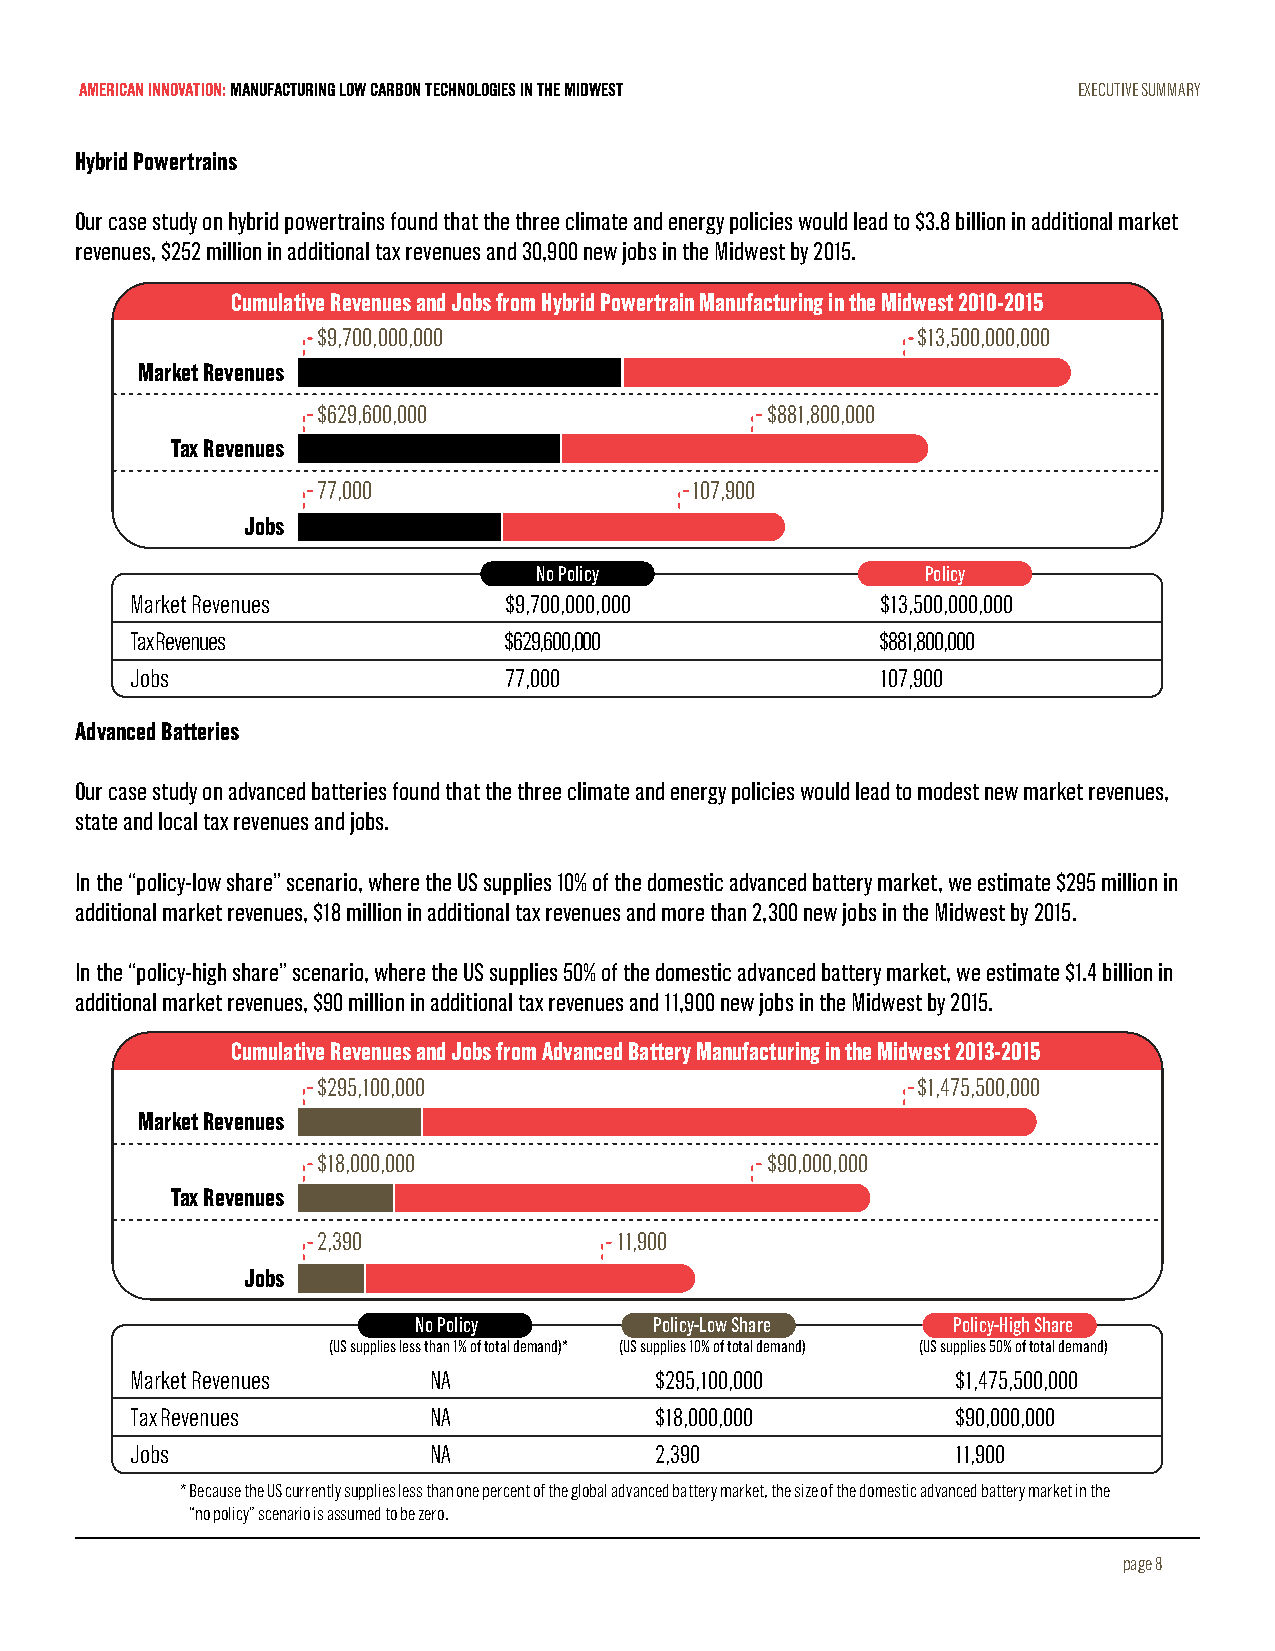
AMERICAN INNOVATION: MANUFACTURING LOW CARBON TECHNOLOGIES IN THE MIDWEST EXECUTIVE SUMMARY
 Hybrid Powertrains
 Our case study on hybrid powertrains found that the three climate and energy policies would lead to $3.8 billion in additional market
 revenues, $252 million in additional tax revenues and 30,900 new jobs in the Midwest by 2015.
 Cumulative Revenues and Jobs from Hybrid Powertrain Manufacturing in the Midwest 2010-2015
 $9,700,000,000                          $13,500,000,000
 Market Revenues
 $629,600,000                  $881,800,000
 Tax Revenues
 77,000                   107,900
 Jobs
 No Policy                Policy
 Market Revenues         $9,700,000,000           $13,500,000,000
 Tax Revenues            $629,600,000             $881,800,000
 Jobs                    77,000                   107,900
 Advanced Batteries
 Our case study on advanced batteries found that the three climate and energy policies would lead to modest new market revenues,
 state and local tax revenues and jobs.
 In the “policy-low share” scenario, where the US supplies 10% of the domestic advanced battery market, we estimate $295 million in
 additional market revenues, $18 million in additional tax revenues and more than 2,300 new jobs in the Midwest by 2015.
 In the “policy-high share” scenario, where the US supplies 50% of the domestic advanced battery market, we estimate $1.4 billion in
 additional market revenues, $90 million in additional tax revenues and 11,900 new jobs in the Midwest by 2015.
 Cumulative Revenues and Jobs from Advanced Battery Manufacturing in the Midwest 2013-2015
 $295,100,000                            $1,475,500,000
 Market Revenues
 $18,000,000                   $90,000,000
 Tax Revenues
 2,390               11,900
 Jobs
 No Policy      Policy-Low Share    Policy-High Share
 (US supplies less than 1% of total demand)* (US supplies 10% of total demand) (US supplies 50% of total demand)
 Market Revenues    NA             $295,100,000        $1,475,500,000
 Tax Revenues       NA             $18,000,000         $90,000,000
 Jobs               NA             2,390               11,900
 * Because the US currently supplies less than one percent of the global advanced battery market, the size of the domestic advanced battery market in the
 “no policy” scenario is assumed to be zero.
 page 8